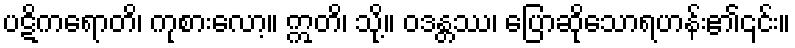
ပဋိကရောတိ၊ ကုစားလော့။ ဣတိ၊ သို့။ ဝဒန္တဿ၊ ပြောဆိုသောရဟန်း၏၎င်း။